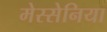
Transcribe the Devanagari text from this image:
मेस्सेनिया